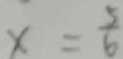
x = \frac { 5 } { 6 }